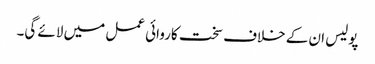
پولیس ان کے خلاف سخت کاروائی عمل میں لائے گی۔